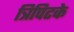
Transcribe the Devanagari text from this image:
त्रिपिटके